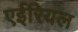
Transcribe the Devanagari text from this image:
एईरियल